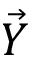
\vec { Y }